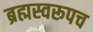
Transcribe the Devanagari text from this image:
ब्रह्मस्वरूपच